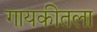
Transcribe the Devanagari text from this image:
गायकीतला